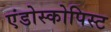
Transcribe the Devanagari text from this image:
एंडोस्कोपिस्ट